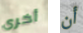
أخرى أن